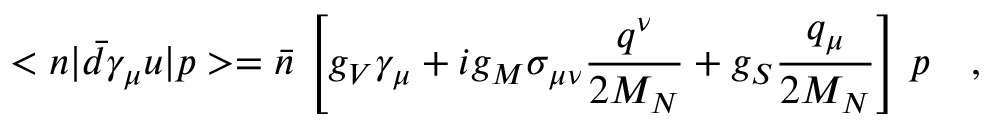
< n | \bar { d } \gamma _ { \mu } u | p > = \bar { n } \, \left[ g _ { V } \gamma _ { \mu } + i g _ { M } \sigma _ { \mu \nu } \frac { q ^ { \nu } } { 2 M _ { N } } + g _ { S } \frac { q _ { \mu } } { 2 M _ { N } } \right] \, p \ \ \ ,